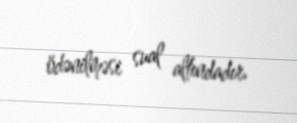
ödənilməsi sual altındadır.